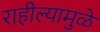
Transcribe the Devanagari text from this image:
राहील्यामुळे